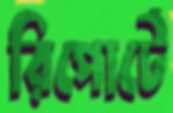
রিপোর্টে